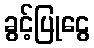
ခွင့်ပြုငွေ